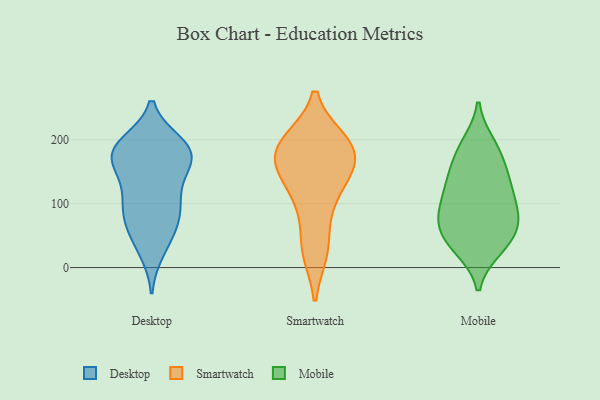
{"axis": {"x": "Production Output", "y": "Value"}, "legend": ["Desktop", "Mobile", "Smartwatch"], "data": [{"x": "", "y": 178, "type": "Desktop"}, {"x": "", "y": 26, "type": "Desktop"}, {"x": "", "y": 177, "type": "Desktop"}, {"x": "", "y": 185, "type": "Desktop"}, {"x": "", "y": 76, "type": "Desktop"}, {"x": "", "y": 116, "type": "Desktop"}, {"x": "", "y": 87, "type": "Desktop"}, {"x": "", "y": 105, "type": "Desktop"}, {"x": "", "y": 190, "type": "Desktop"}, {"x": "", "y": 68, "type": "Desktop"}, {"x": "", "y": 181, "type": "Desktop"}, {"x": "", "y": 191, "type": "Desktop"}, {"x": "", "y": 36, "type": "Desktop"}, {"x": "", "y": 111, "type": "Desktop"}, {"x": "", "y": 161, "type": "Desktop"}, {"x": "", "y": 68, "type": "Desktop"}, {"x": "", "y": 152, "type": "Desktop"}, {"x": "", "y": 194, "type": "Desktop"}, {"x": "", "y": 156, "type": "Desktop"}, {"x": "", "y": 155, "type": "Smartwatch"}, {"x": "", "y": 198, "type": "Smartwatch"}, {"x": "", "y": 121, "type": "Smartwatch"}, {"x": "", "y": 198, "type": "Smartwatch"}, {"x": "", "y": 87, "type": "Smartwatch"}, {"x": "", "y": 173, "type": "Smartwatch"}, {"x": "", "y": 132, "type": "Smartwatch"}, {"x": "", "y": 197, "type": "Smartwatch"}, {"x": "", "y": 172, "type": "Smartwatch"}, {"x": "", "y": 26, "type": "Smartwatch"}, {"x": "", "y": 28, "type": "Smartwatch"}, {"x": "", "y": 172, "type": "Smartwatch"}, {"x": "", "y": 78, "type": "Mobile"}, {"x": "", "y": 130, "type": "Mobile"}, {"x": "", "y": 119, "type": "Mobile"}, {"x": "", "y": 82, "type": "Mobile"}, {"x": "", "y": 32, "type": "Mobile"}, {"x": "", "y": 172, "type": "Mobile"}, {"x": "", "y": 97, "type": "Mobile"}, {"x": "", "y": 187, "type": "Mobile"}, {"x": "", "y": 193, "type": "Mobile"}, {"x": "", "y": 47, "type": "Mobile"}, {"x": "", "y": 76, "type": "Mobile"}, {"x": "", "y": 142, "type": "Mobile"}, {"x": "", "y": 138, "type": "Mobile"}, {"x": "", "y": 74, "type": "Mobile"}, {"x": "", "y": 44, "type": "Mobile"}, {"x": "", "y": 30, "type": "Mobile"}]}